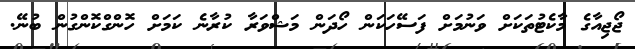
ޖޯޖިއާގެ މާކެޓުތަކަށް ވަނުމަށް ފަސޭހަކަން ހޯދަން މަޝްވަރާ ކުރާނެ ކަމަށް ހޮންގްކޮންގުން ބުނޭ.